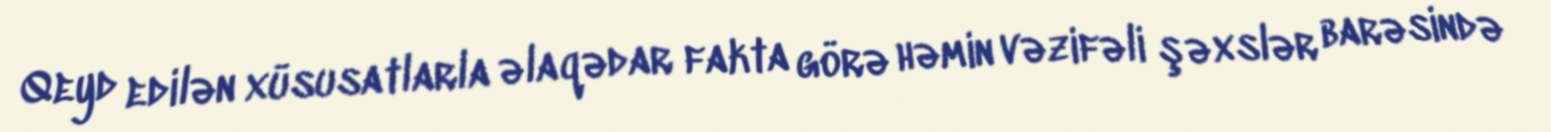
Qeyd edilən xüsusatlarla əlaqədar fakta görə həmin vəzifəli şəxslər barəsində